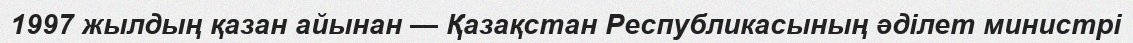
1997 жылдың қазан айынан — Қазақстан Республикасының әділет министрі